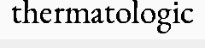
thermatologic